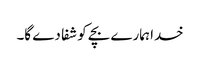
خدا ہمارے بچے کو شفا دے گا۔